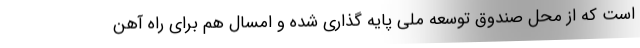
است که از محل صندوق توسعه ملی پایه گذاری شده و امسال هم برای راه آهن